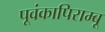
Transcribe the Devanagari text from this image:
पूवंकापिराम्बू